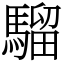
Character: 騮